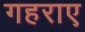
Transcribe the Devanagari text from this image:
गहराए